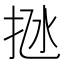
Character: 𢫁